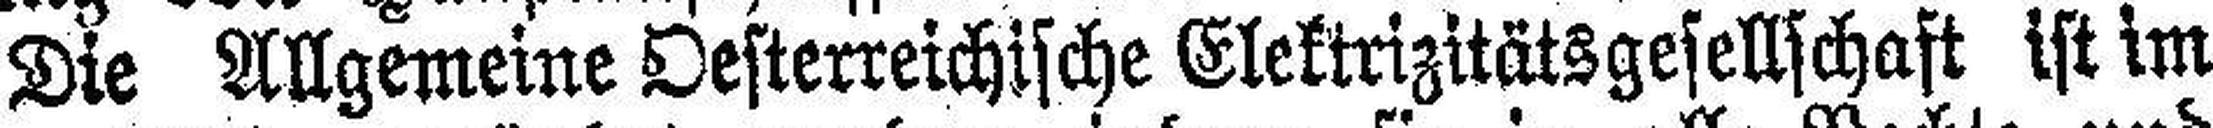
Die Allgemeine Oesterreichische Elektrizitätsgesellschaft ist im